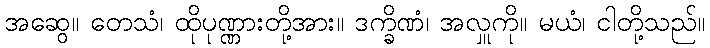
အဆွေ။ တေသံ၊ ထိုပုဏ္ဏားတို့အား။ ဒက္ခိဏံ၊ အလှူကို။ မယံ၊ ငါတို့သည်။